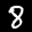
Label: 8